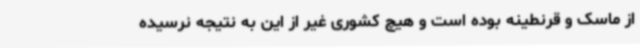
از ماسک و قرنطینه بوده است و هیچ کشوری غیر از این به نتیجه نرسیده